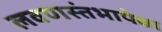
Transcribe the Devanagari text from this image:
लवणस्तंभापेक्षा